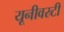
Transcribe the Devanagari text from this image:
यूनीवस्र्टी